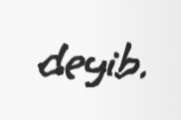
deyib.